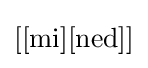
\left[[{\mbox{mi}}][{\mbox{ned}}]\right]